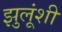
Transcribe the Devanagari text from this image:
झुलूंशी